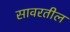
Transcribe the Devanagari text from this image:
सावरतील